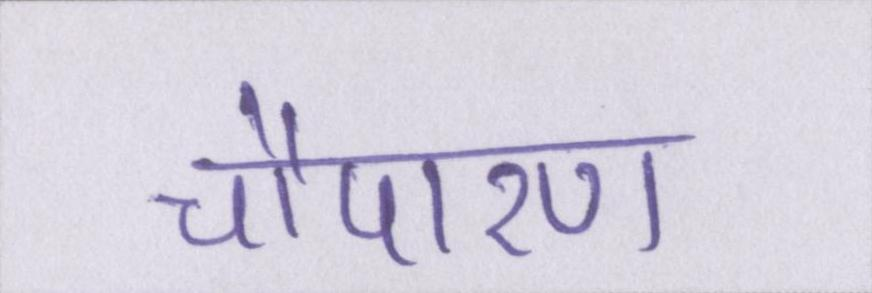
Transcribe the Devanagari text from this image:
चौपारण